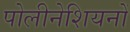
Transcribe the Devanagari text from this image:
पोलीनेशियनों